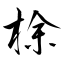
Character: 梌